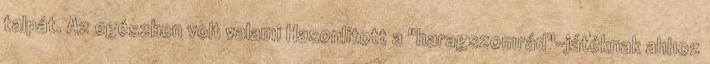
talpát. Az egészben volt valami Hasonlított a "haragszomrád"-játéknak ahhoz